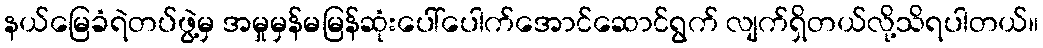
နယ်မြေခံရဲတပ်ဖွဲ့မှ အမှုမှန်မမြန်ဆုံးပေါ်ပေါက်အောင်ဆောင်ရွက် လျက်ရှိတယ်လို့သိရပါတယ်။